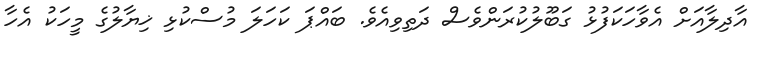
އާދިލާއަށް އެވާހަކަފުޅު ގަބޫލުކުރަންވެސް ދަތިވިއެވެ. ބައްޕަ ކަހަލަ މުސްކުޅި ޚިޔާލުގެ މީހަކު އެހާ